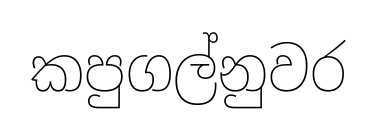
කපුගල්නුවර